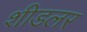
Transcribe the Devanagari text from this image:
शीडलर